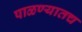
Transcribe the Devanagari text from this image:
पाळण्यातच